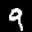
Label: 9